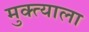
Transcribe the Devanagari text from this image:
मुक्त्याला